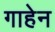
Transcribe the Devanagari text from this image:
गाहेन